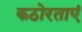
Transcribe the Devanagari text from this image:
कठोरताएं